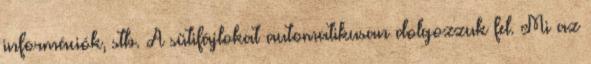
információk, stb. A sütifájlokat automatikusan dolgozzuk fel. Mi az